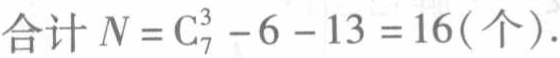
合计 \(N = \mathrm{C}_{7}^{3} - 6 - 13 = 16(\text{个})\).